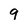
Character: 9